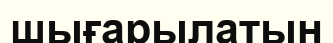
шығарылатын